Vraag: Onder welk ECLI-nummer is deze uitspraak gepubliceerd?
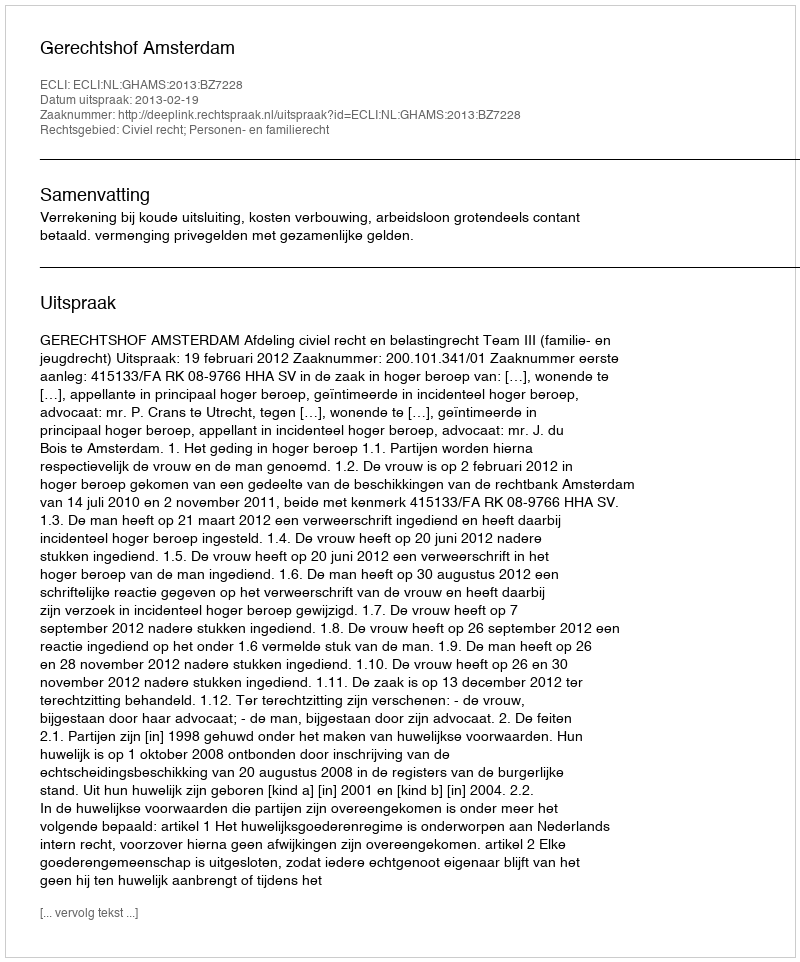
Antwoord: ECLI:NL:GHAMS:2013:BZ7228